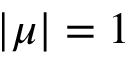
| \mu | = 1